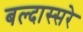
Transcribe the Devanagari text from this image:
बल्दास्सरे